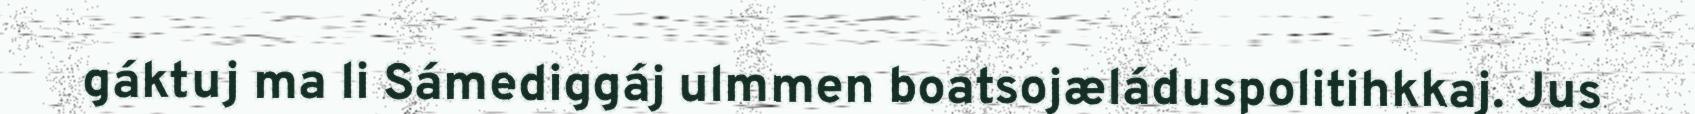
gáktuj ma li Sámediggáj ulmmen boatsojæláduspolitihkkaj. Jus